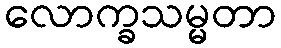
လောက္ခသမ္မတာ